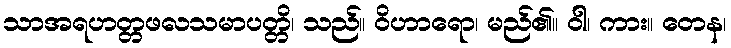
သာအရဟတ္တဖလသမာပတ္တိ၊ သည်။ ဝိဟာရော၊ မည်၏။ ဝါ၊ ကား။ တေန၊